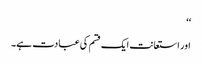
‘‘
اور استعانت ایک قسم کی عبادت ہے۔